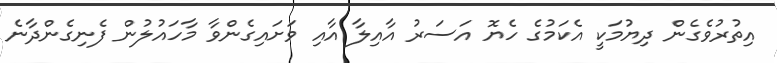
އިތުރުވެގެން ދިޔުމަކީ އެކަމުގެ ހެޔޮ އަސަރު އާއިލާ އާއި ވަށައިގެންވާ މާހައުލުން ފެނިގެންދާނެ